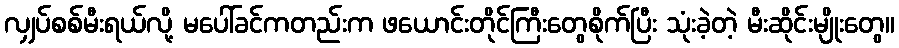
လျှပ်စစ်မီးရယ်လို့ မပေါ်ခင်ကတည်းက ဖယောင်းတိုင်ကြီးတွေစိုက်ပြီး သုံးခဲ့တဲ့ မီးဆိုင်းမျိုးတွေ။